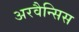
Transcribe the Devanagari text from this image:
अरवैन्सिस